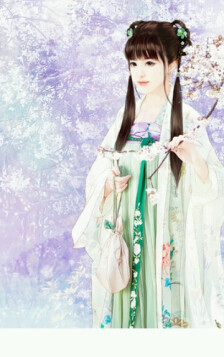
更可惜，雪中高树，香篝熏素被。